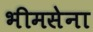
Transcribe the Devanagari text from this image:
भीमसेना